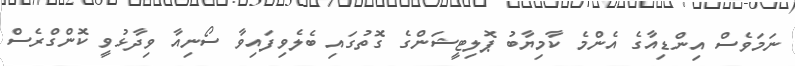
ނަމަވެސް އިންޑިއާގެ އެންމެ ކާމިޔާބު ޕޮލިޓީޝަންގެ ގޮތުގައި ބެލެވިފައިވާ ސޯނިއާ ވިދާޅުވީ ކޮންގްރެސް